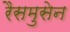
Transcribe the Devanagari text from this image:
रैसमुसेन